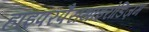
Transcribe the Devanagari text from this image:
हाइपरपैराथाइरोडिज़म